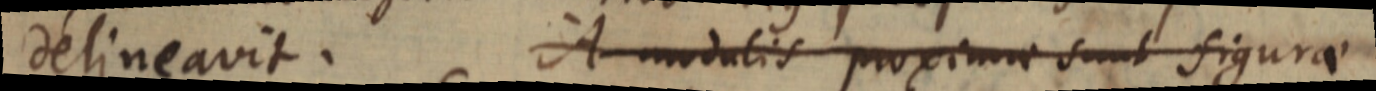
delineavit. A modulis proximae sunt figurae